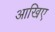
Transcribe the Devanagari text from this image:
आखिए